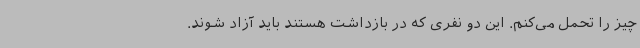
چیز را تحمل می‌کنم. این دو نفری که در بازداشت هستند باید آزاد شوند.